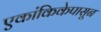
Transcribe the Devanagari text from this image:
एकांकिकेपासून